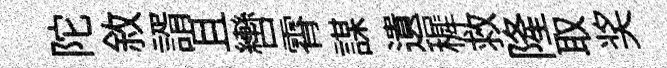
陀敘諝且轡霄謀遺穉救隆取奖